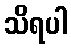
သိရပါ